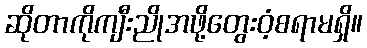
ဆိုတာကိုကျီးညိုအဖို့တွေးဝံ့စရာမရှိ။